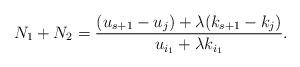
LaTeX: \begin{align*}N_1+N_2=\frac{(u_{s+1}-u_j)+\lambda(k_{s+1}-k_j)}{u_{i_1}+\lambda k_{i_1}}.\end{align*}